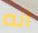
انه